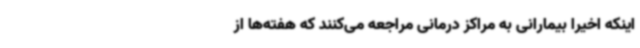
اینکه اخیرا بیمارانی به مراکز درمانی مراجعه می‌کنند که هفته‌ها از